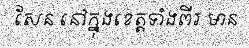
សែន នៅក្នុងខេត្តទាំងពីរ មាន